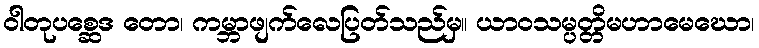
ဝါတုပစ္ဆေဒ တော၊ ကမ္ဘာဖျက်လေပြတ်သည်မှ။ ယာဝသမ္ပတ္တိမဟာမေဃော၊